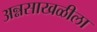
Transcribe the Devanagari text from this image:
अन्नसाखळीला